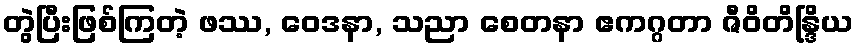
တွဲပြီးဖြစ်ကြတဲ့ ဖဿ, ဝေဒနာ, သညာ စေတနာ ဧကဂ္ဂတာ ဇီဝိတိန္ဒြိယ